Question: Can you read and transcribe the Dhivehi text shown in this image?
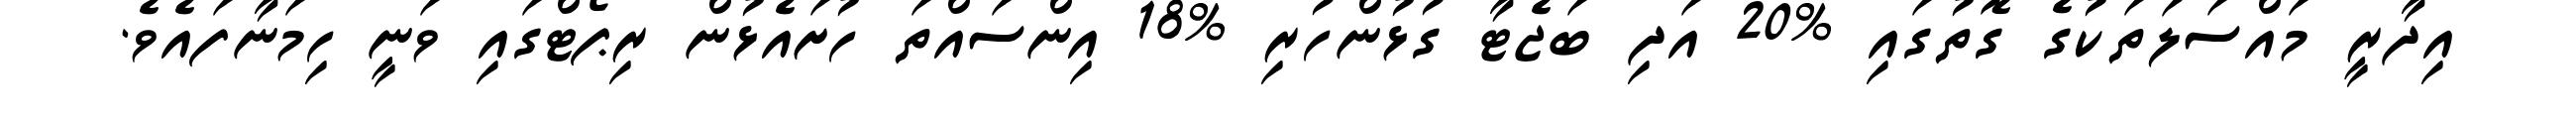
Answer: އިދާރީ މައްސަލަތަކުގެ ގޮތުގައި %20 އަދި ބަޖެޓާ ގުޅުންހުރި %18 އިންސައްތަ ހުށައެޅުން ރިޕޯޓްގައި ވަނީ ހިމަނާފައެވެ.